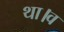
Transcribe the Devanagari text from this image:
था।व